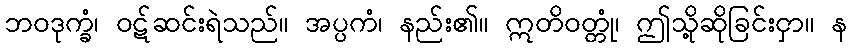
ဘဝဒုက္ခံ၊ ဝဋ်ဆင်းရဲသည်။ အပ္ပကံ၊ နည်း၏။ ဣတိဝတ္တုံ၊ ဤသို့ဆိုခြင်းငှာ။ န